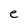
Character: e